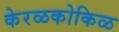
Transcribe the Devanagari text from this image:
केरळकोकिळ